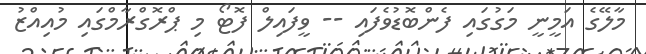
މާލޭގެ އަމީނީ މަގުގައި ފެންބޮޑުވެފައި -- ވީފައިލް ފޮޓޯ މި ޕްރޮގްރާމްގައި މުއިއްޒު